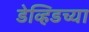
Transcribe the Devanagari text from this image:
डेव्हिडच्या